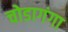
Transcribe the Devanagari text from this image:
चोडागंगा